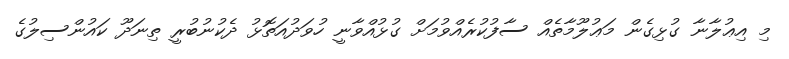
މި އިޢުލާނާ ގުޅިގެން މަޢުލޫމާތެއް ސާފުކުރެއްވުމަށް ގުޅުއްވާނީ ހުވަދުއަތޮޅު ދެކުނުބުރީ ތިނަދޫ ކައުންސިލުގެ